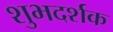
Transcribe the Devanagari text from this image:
शुभदर्शक